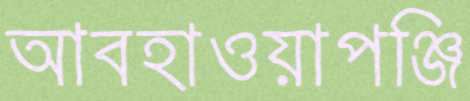
আবহাওয়াপঞ্জি